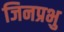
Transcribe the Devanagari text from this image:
जिनप्रभु